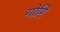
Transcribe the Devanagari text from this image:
गोमि